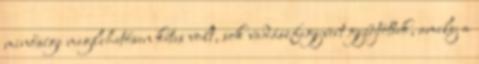
minősége meglehetősen kétes volt, sok vadászfegyvert gyűjtöttek, amely a